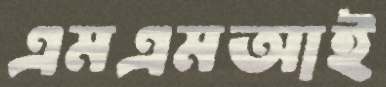
এমএমআই